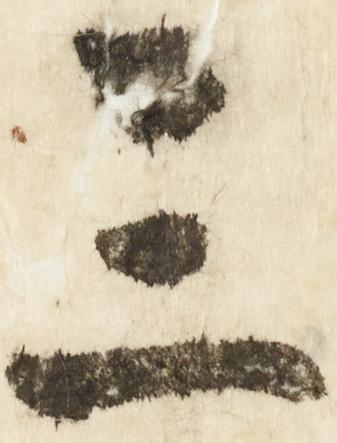
三